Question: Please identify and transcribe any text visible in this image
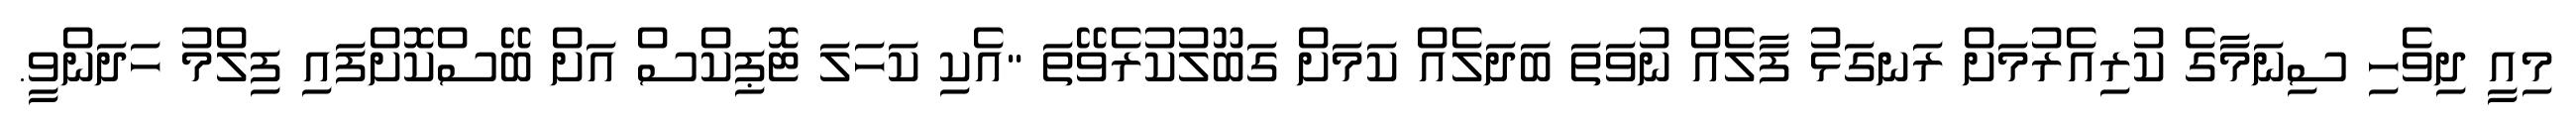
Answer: މިއީ ދިވެހި ސިނަމާގެ ކުރިއެރުމަށް ރަނގަޅު ފާލެއް ނުވަތަ ބަދަލެއް ކަމަށް ގަބޫލުކުރެވޭތަ "އެކި ކަހަލަ ޓޮޕިކްސް އަށް ބޭސްކޮށްފައި ފިލްމު ހަދަންވީ.